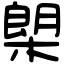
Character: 㮾